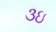
૩ઇ